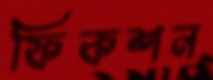
ফিকশন